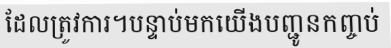
ដែលត្រូវការ។បន្ទាប់មកយើងបញ្ជូនកញ្ចប់